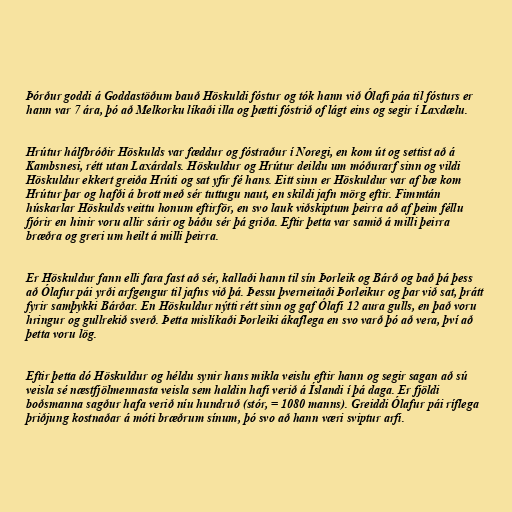
Þórður goddi á Goddastöðum bauð Höskuldi fóstur og tók hann við Ólafi páa til fósturs er
hann var 7 ára, þó að Melkorku líkaði illa og þætti fóstrið of lágt eins og segir í Laxdælu.

Hrútur hálfbróðir Höskulds var fæddur og fóstraður í Noregi, en kom út og settist að á
Kambsnesi, rétt utan Laxárdals. Höskuldur og Hrútur deildu um móðurarf sinn og vildi
Höskuldur ekkert greiða Hrúti og sat yfir fé hans. Eitt sinn er Höskuldur var af bæ kom
Hrútur þar og hafði á brott með sér tuttugu naut, en skildi jafn mörg eftir. Fimmtán
húskarlar Höskulds veittu honum eftirför, en svo lauk viðskiptum þeirra að af þeim féllu
fjórir en hinir voru allir sárir og báðu sér þá griða. Eftir þetta var samið á milli þeirra
bræðra og greri um heilt á milli þeirra.

Er Höskuldur fann elli fara fast að sér, kallaði hann til sín Þorleik og Bárð og bað þá þess
að Ólafur pái yrði arfgengur til jafns við þá. Þessu þverneitaði Þorleikur og þar við sat, þrátt
fyrir samþykki Bárðar. En Höskuldur nýtti rétt sinn og gaf Ólafi 12 aura gulls, en það voru
hringur og gullrekið sverð. Þetta mislíkaði Þorleiki ákaflega en svo varð þó að vera, því að
þetta voru lög.

Eftir þetta dó Höskuldur og héldu synir hans mikla veislu eftir hann og segir sagan að sú
veisla sé næstfjölmennasta veisla sem haldin hafi verið á Íslandi í þá daga. Er fjöldi
boðsmanna sagður hafa verið níu hundruð (stór, = 1080 manns). Greiddi Ólafur pái ríflega
þriðjung kostnaðar á móti bræðrum sínum, þó svo að hann væri sviptur arfi.